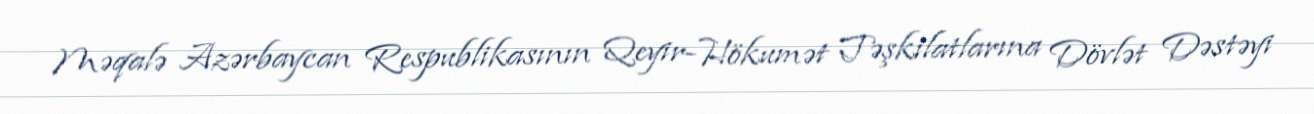
Məqalə Azərbaycan Respublikasının Qeyir-Hökumət Təşkilatlarına Dövlət Dəstəyi